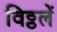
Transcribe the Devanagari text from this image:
विठ्ठलें